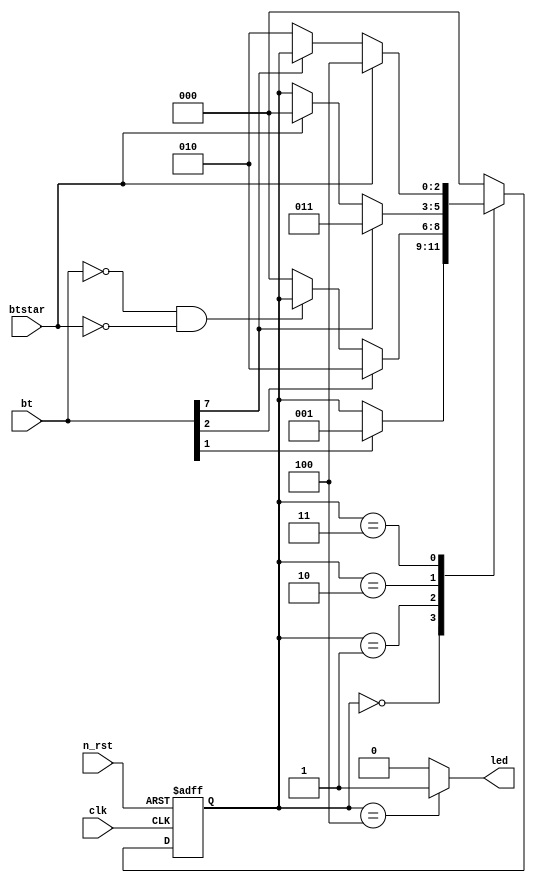
module doorlock_hdl(
    clk,
    n_rst,
    bt,
    btstar,
    led
);

input clk;
input n_rst;
input [9:0] bt;
input btstar;

output led;

parameter S_IDLE = 3'h0;
parameter S_FIRST = 3'h1;
parameter S_RAND = 3'h2;
parameter S_LAST = 3'h3;
parameter S_OPEN = 3'h4;

reg [2:0] c_state;
reg [2:0] n_state;

// Sequential Logic
always @(posedge clk or negedge n_rst) begin
    if(!n_rst) begin
        c_state <= S_IDLE;
    end 

    else begin
        c_state <= n_state;
    end
end

// Combinational Logic
assign led = (c_state == S_OPEN)? 1'b1 : 1'b0;

always @(*) begin
    case(c_state) 
        S_IDLE : begin
            if (bt[1]) begin
                n_state = S_FIRST;
            end

            else begin
                n_state = c_state;
            end
        end

        S_FIRST : begin
            if (bt[2]) begin
                n_state = S_RAND;
            end

            else if (bt == 10'b0 && !btstar) begin
                n_state = c_state;
            end

            else begin
                n_state = S_IDLE;
            end
        end

        S_RAND : begin
            if (bt[7]) begin
                n_state = S_LAST;
            end

            else if (btstar) begin
                n_state = S_IDLE;
            end

            else begin
                n_state = c_state;
            end
        end

        S_LAST : begin
            if (btstar) begin
                n_state = S_OPEN;
            end

            else if (bt[7]) begin
                n_state = c_state;
            end

            else begin
                n_state = S_RAND;
            end
        end

        S_OPEN : begin
            n_state = S_IDLE;
        end

        default : begin
            n_state = S_IDLE;
        end
    endcase

end


endmodule